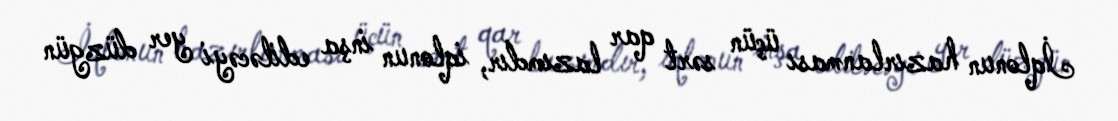
İqlonun hazırlanması üçün sərt qar lazımdır, iqlonun inşa ediləcəyi yer düzgün